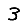
Digit: 3